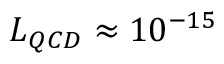
L _ { Q C D } \approx 1 0 ^ { - 1 5 }